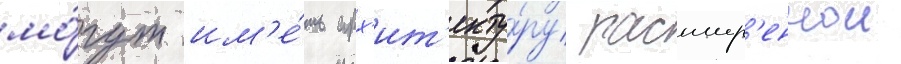
мо́гут им'е́ть арх'ит'екту́ру расшир'еннои